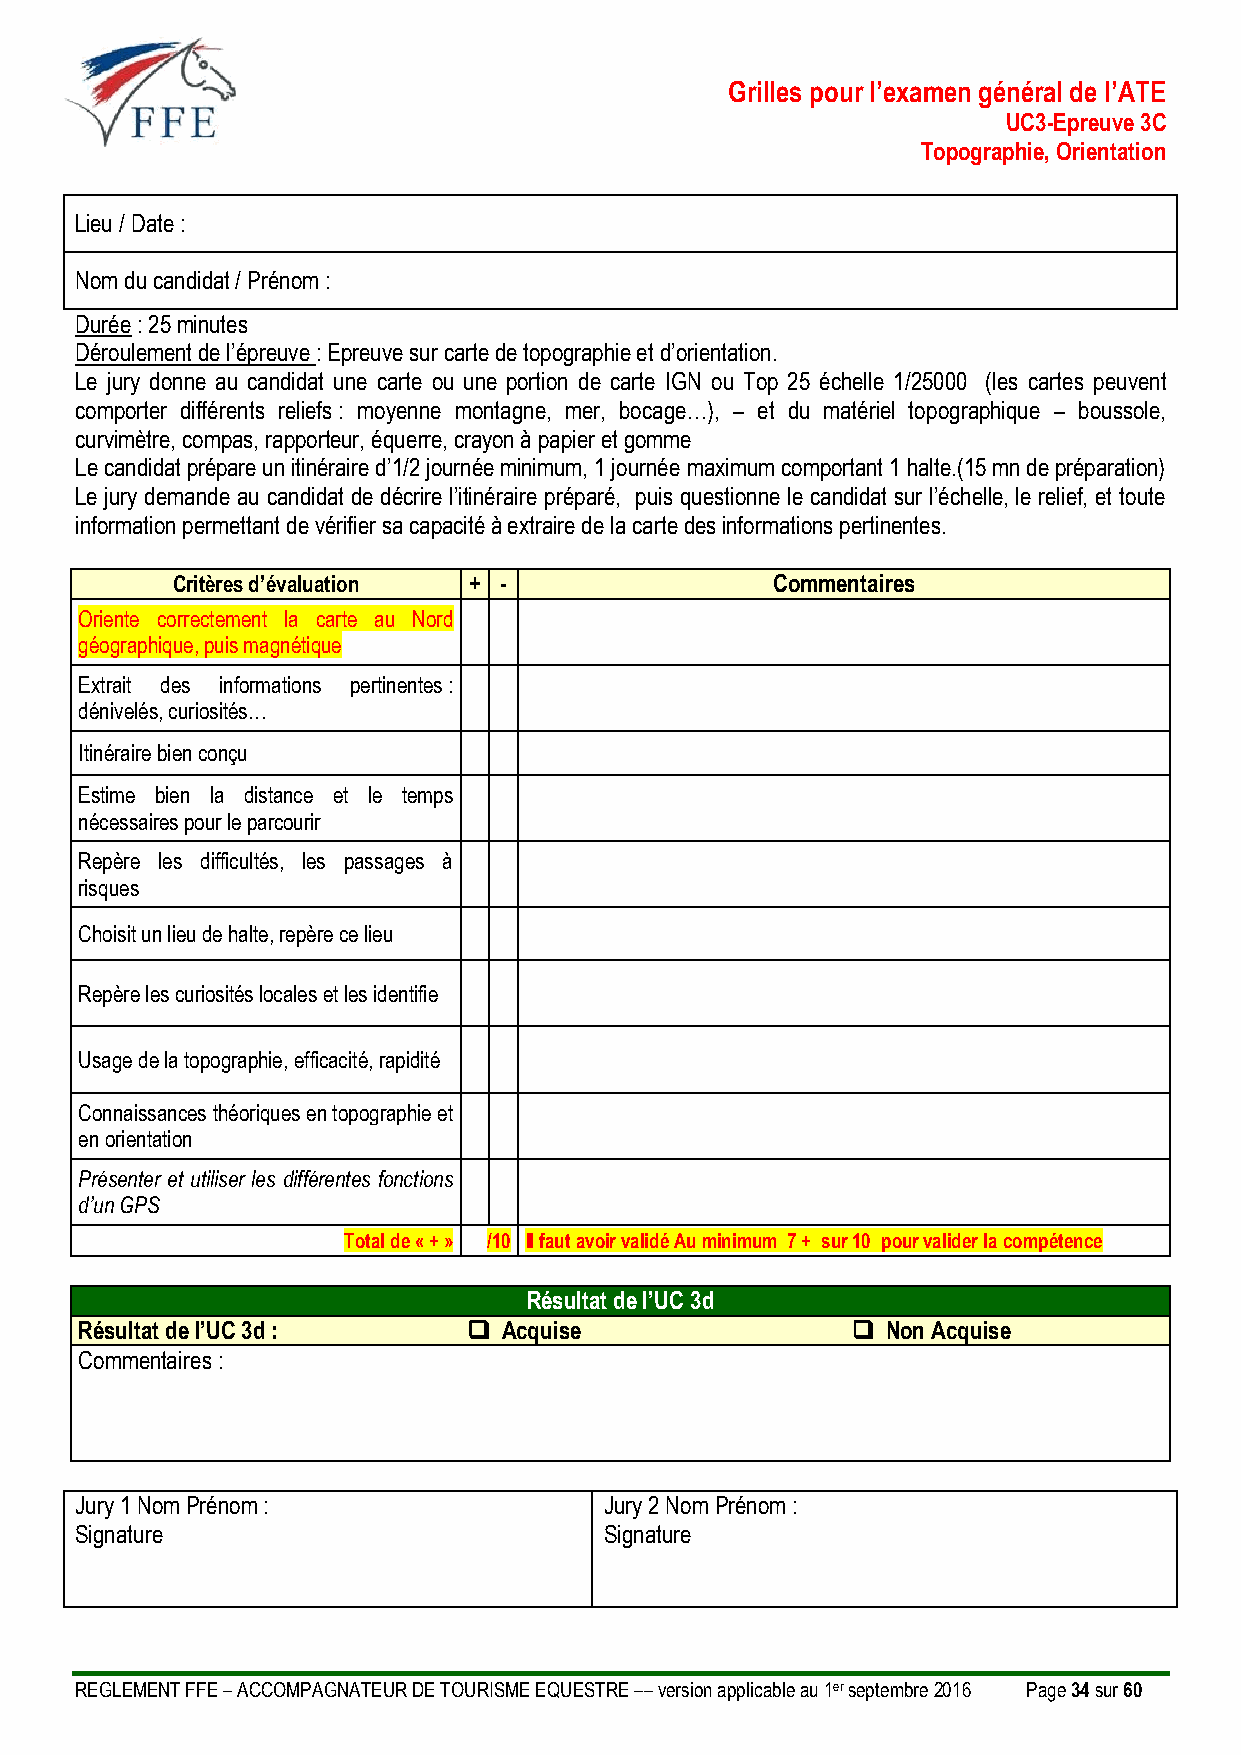
Grilles pour l’examen général de l’ATE
 UC3-Epreuve 3C
 Topographie, Orientation
 Lieu / Date :
 Nom du candidat / Prénom :
 Durée : 25 minutes
 Déroulement de l’épreuve : Epreuve sur carte de topographie et d’orientation.
 Le jury donne au candidat une carte ou une portion de carte IGN ou Top 25 échelle 1/25000 (les cartes peuvent
 comporter différents reliefs : moyenne montagne, mer, bocage…), – et du matériel topographique – boussole,
 curvimètre, compas, rapporteur, équerre, crayon à papier et gomme
 Le candidat prépare un itinéraire d’1/2 journée minimum, 1 journée maximum comportant 1 halte.(15 mn de préparation)
 Le jury demande au candidat de décrire l’itinéraire préparé, puis questionne le candidat sur l’échelle, le relief, et toute
 information permettant de vérifier sa capacité à extraire de la carte des informations pertinentes.
 Critères d’évaluation + -               Commentaires
 Oriente correctement la carte au Nord
 géographique, puis magnétique
 Extrait des informations pertinentes :
 dénivelés, curiosités…
 Itinéraire bien conçu
 Estime bien la distance et le temps
 nécessaires pour le parcourir
 Repère les difficultés, les passages à
 risques
 Choisit un lieu de halte, repère ce lieu
 Repère les curiosités locales et les identifie
 Usage de la topographie, efficacité, rapidité
 Connaissances théoriques en topographie et
 en orientation
 Présenter et utiliser les différentes fonctions
 d’un GPS
 Total de « + » /10 Il faut avoir validé Au minimum 7 + sur 10 pour valider la compétence
 Résultat de l’UC 3d
 Résultat de l’UC 3d :      Acquise                  Non Acquise
 Commentaires :
 Jury 1 Nom Prénom :                Jury 2 Nom Prénom :
 Signature                          Signature
 REGLEMENT FFE – ACCOMPAGNATEUR DE TOURISME EQUESTRE –– version applicable au 1er septembre 2016 Page 34 sur 60